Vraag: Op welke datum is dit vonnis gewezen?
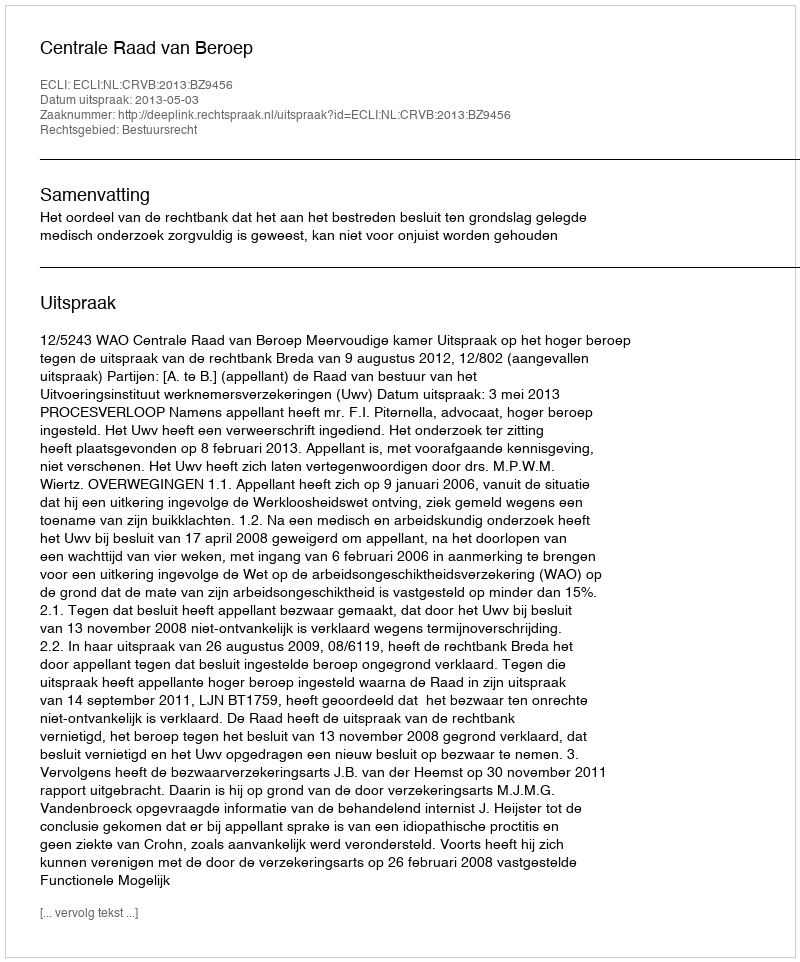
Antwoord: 2013-05-03